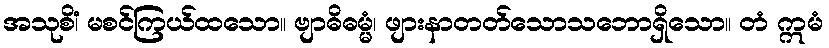
အသုစိံ၊ မစင်ကြယ်ထသော။ ဗျာဓိဓမ္မံ၊ ဖျားနာတတ်သောသဘောရှိသော။ တံ ဣမံ